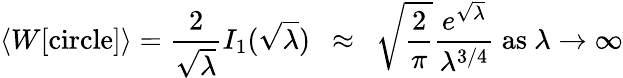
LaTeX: \langle W[\mathrm{circle}]\rangle=\frac{2}{\sqrt{\lambda}}I_{1}(\sqrt{\lambda})~~\approx~~\sqrt{\frac{2}{\pi}}\frac{e^{\sqrt{\lambda}}}{\lambda^{3/4}}~\mathrm{as}~\lambda\to\infty